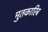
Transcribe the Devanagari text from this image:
मुतकारिब